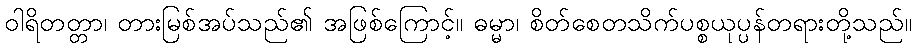
ဝါရိတတ္တာ၊ တားမြစ်အပ်သည်၏ အဖြစ်ကြောင့်။ ဓမ္မာ၊ စိတ်စေတသိက်ပစ္စယုပ္ပန်တရားတို့သည်။